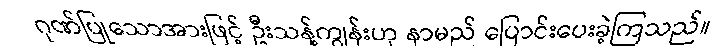
ဂုဏ်ပြုသောအားဖြင့် ဦးသန့်ကျွန်းဟု နာမည် ပြောင်းပေးခဲ့ကြသည်။